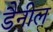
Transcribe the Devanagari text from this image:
डैनील